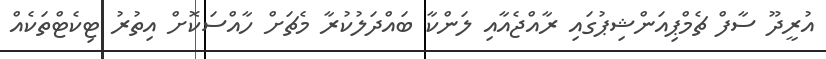
އުރީދޫ ސާފް ޗެމްޕިއަންޝިޕުގައި ރާއްޖެއާއި ލަންކާ ބައްދަލުކުރާ މެޗަށް ހާއްސަކޮށް އިތުރު ޓިކެޓްތަކެއް